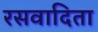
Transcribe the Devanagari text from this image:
रसवादिता